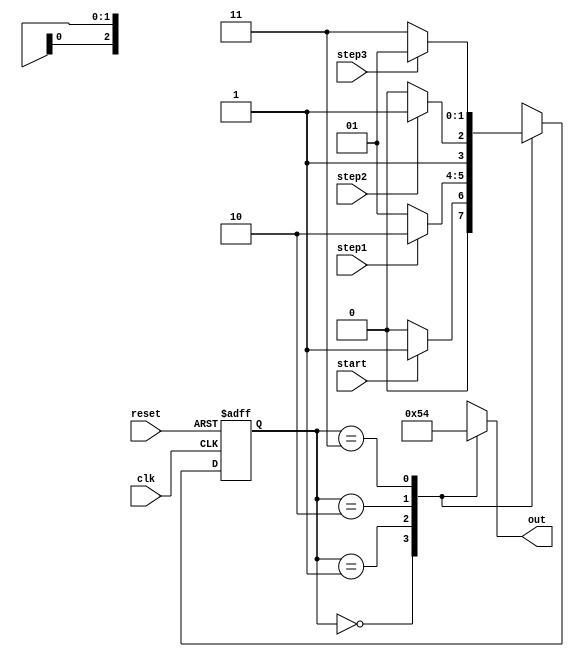
module basic_fsm (
	input clk, reset, start,step1, step2, step3,
	output reg [2:0] out
);

reg [1:0] state, state_next;
parameter state0 = 0, state1 = 2'b01, state2 = 2'b10, state3 = 2'b11;

always@(posedge clk or posedge reset) begin
	if (reset) state <= state0;
	else state <= state_next;
end

always@(*) begin
	case (state)
		state0: begin
			if (start)
				state_next = state1;
			else
				state_next = state0;
		end
		state1: begin
			if (step1)
				state_next = state2;
			else
				state_next = state1;
		end
		state2: begin
			if (step2)
				state_next = state3;
			else
				state_next = state2;
		end
		state3: begin
			if (step3)
				state_next = state1;
			else
				state_next = state3;
		end
		default: state_next = state0;
	endcase
end

always@(*) begin
	case(state)
		state0: out = 3'b000;
		state1: out = 3'b001;
		state2: out = 3'b010;
		state3: out = 3'b100;
		default: out = 3'b000;
	endcase
end
endmodule